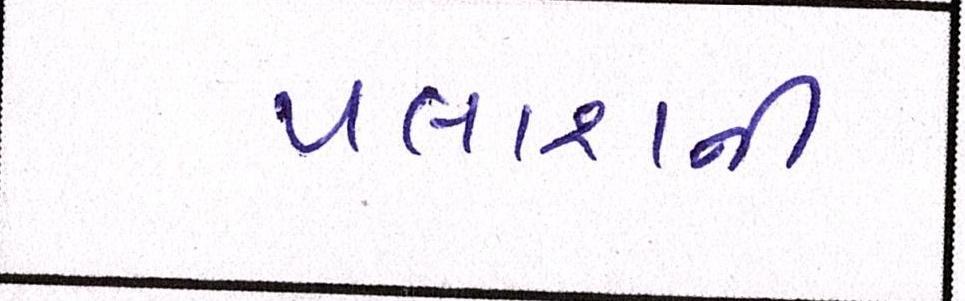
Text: પલાશની